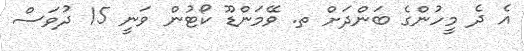
އެ ދެ މީހުންގެ ބަންދަށް ތ. ވޭމަންޑޫ ކޯޓުން ވަނީ 15 ދުވަސް